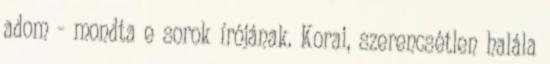
adom - mondta e sorok írójának. Korai, szerencsétlen halála